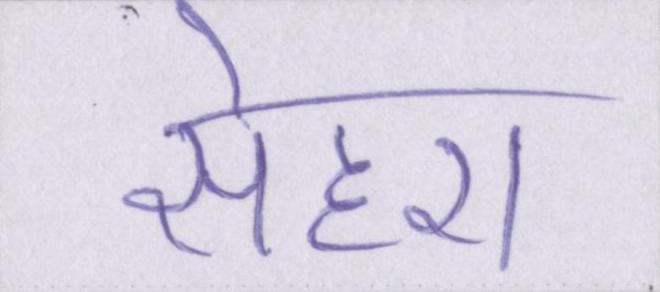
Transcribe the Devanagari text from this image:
सेहरा